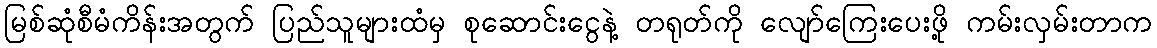
မြစ်ဆုံစီမံကိန်းအတွက် ပြည်သူများထံမှ စုဆောင်းငွေနဲ့ တရုတ်ကို လျော်ကြေးပေးဖို့ ကမ်းလှမ်းတာက